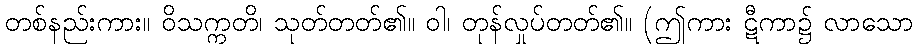
တစ်နည်းကား။ ဝိသက္ကတိ၊ သုတ်တတ်၏။ ဝါ၊ တုန်လှုပ်တတ်၏။ (ဤကား ဋီကာ၌ လာသော